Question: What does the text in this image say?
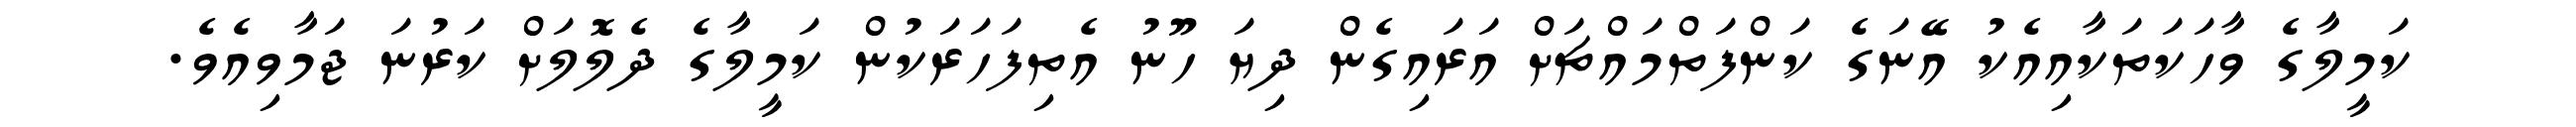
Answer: ކަމީލާގެ ވާހަކަތަކާއިއެކު އޭނަގެ ކަންފަތްމައްޗަށް އަރައިގެން ދިޔަ ހޫނު އެތިފަހަރަކުން ކަމީލާގެ ދެލޮލަށް ކަރުނަ ޖަމާވިއެވެ.